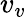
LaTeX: v_{v}